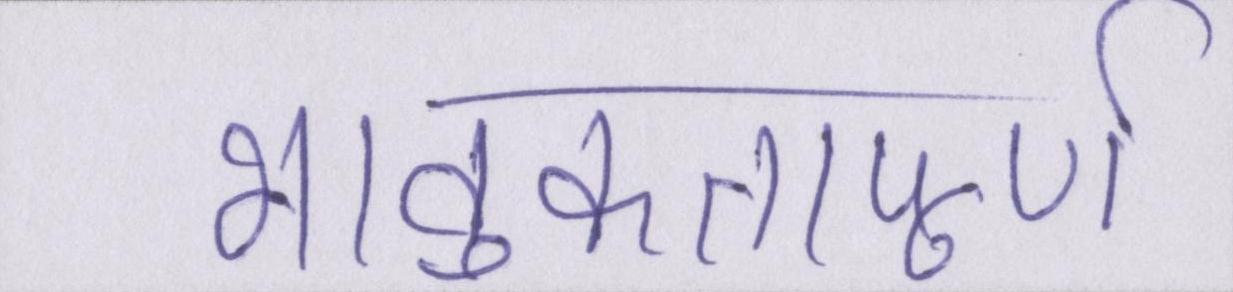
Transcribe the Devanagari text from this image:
भावुकतापूर्ण